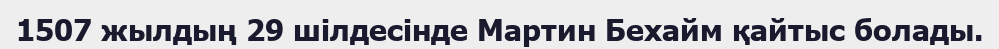
1507 жылдың 29 шілдесінде Мартин Бехайм қайтыс болады.